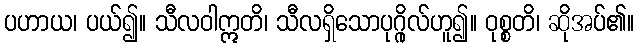
ပဟာယ၊ ပယ်၍။ သီလဝါဣတိ၊ သီလရှိသောပုဂ္ဂိုလ်ဟူ၍။ ဝုစ္စတိ၊ ဆိုအပ်၏။